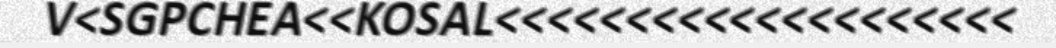
V<SGPCHEA<<KOSAL<<<<<<<<<<<<<<<<<<<<